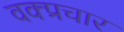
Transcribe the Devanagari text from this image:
वक्प्रचार